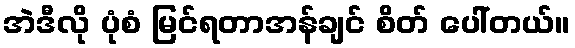
အဲဒီလို ပုံစံ မြင်ရတာအန်ချင် စိတ် ပေါ်တယ်။